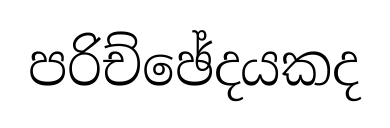
පරිච්ඡේදයකද